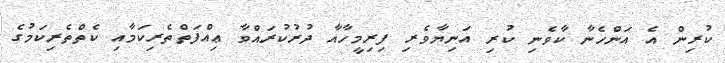
ކުރިން އެ އަންހެނާ ކާވެނި ކުރި އަނިޔާވެރި ފިރިމީހާއާ ދުރުކުރައްވާ ޢިއްފަތްތެރިކަމާއި ކެތްތެރިކަމުގެ